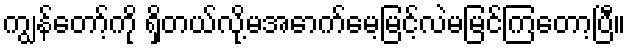
ကျွန်တော့်ကို ရှိတယ်လို့မအောက်မေ့မြင့်လဲမမြင်ကြတော့ပြီ။